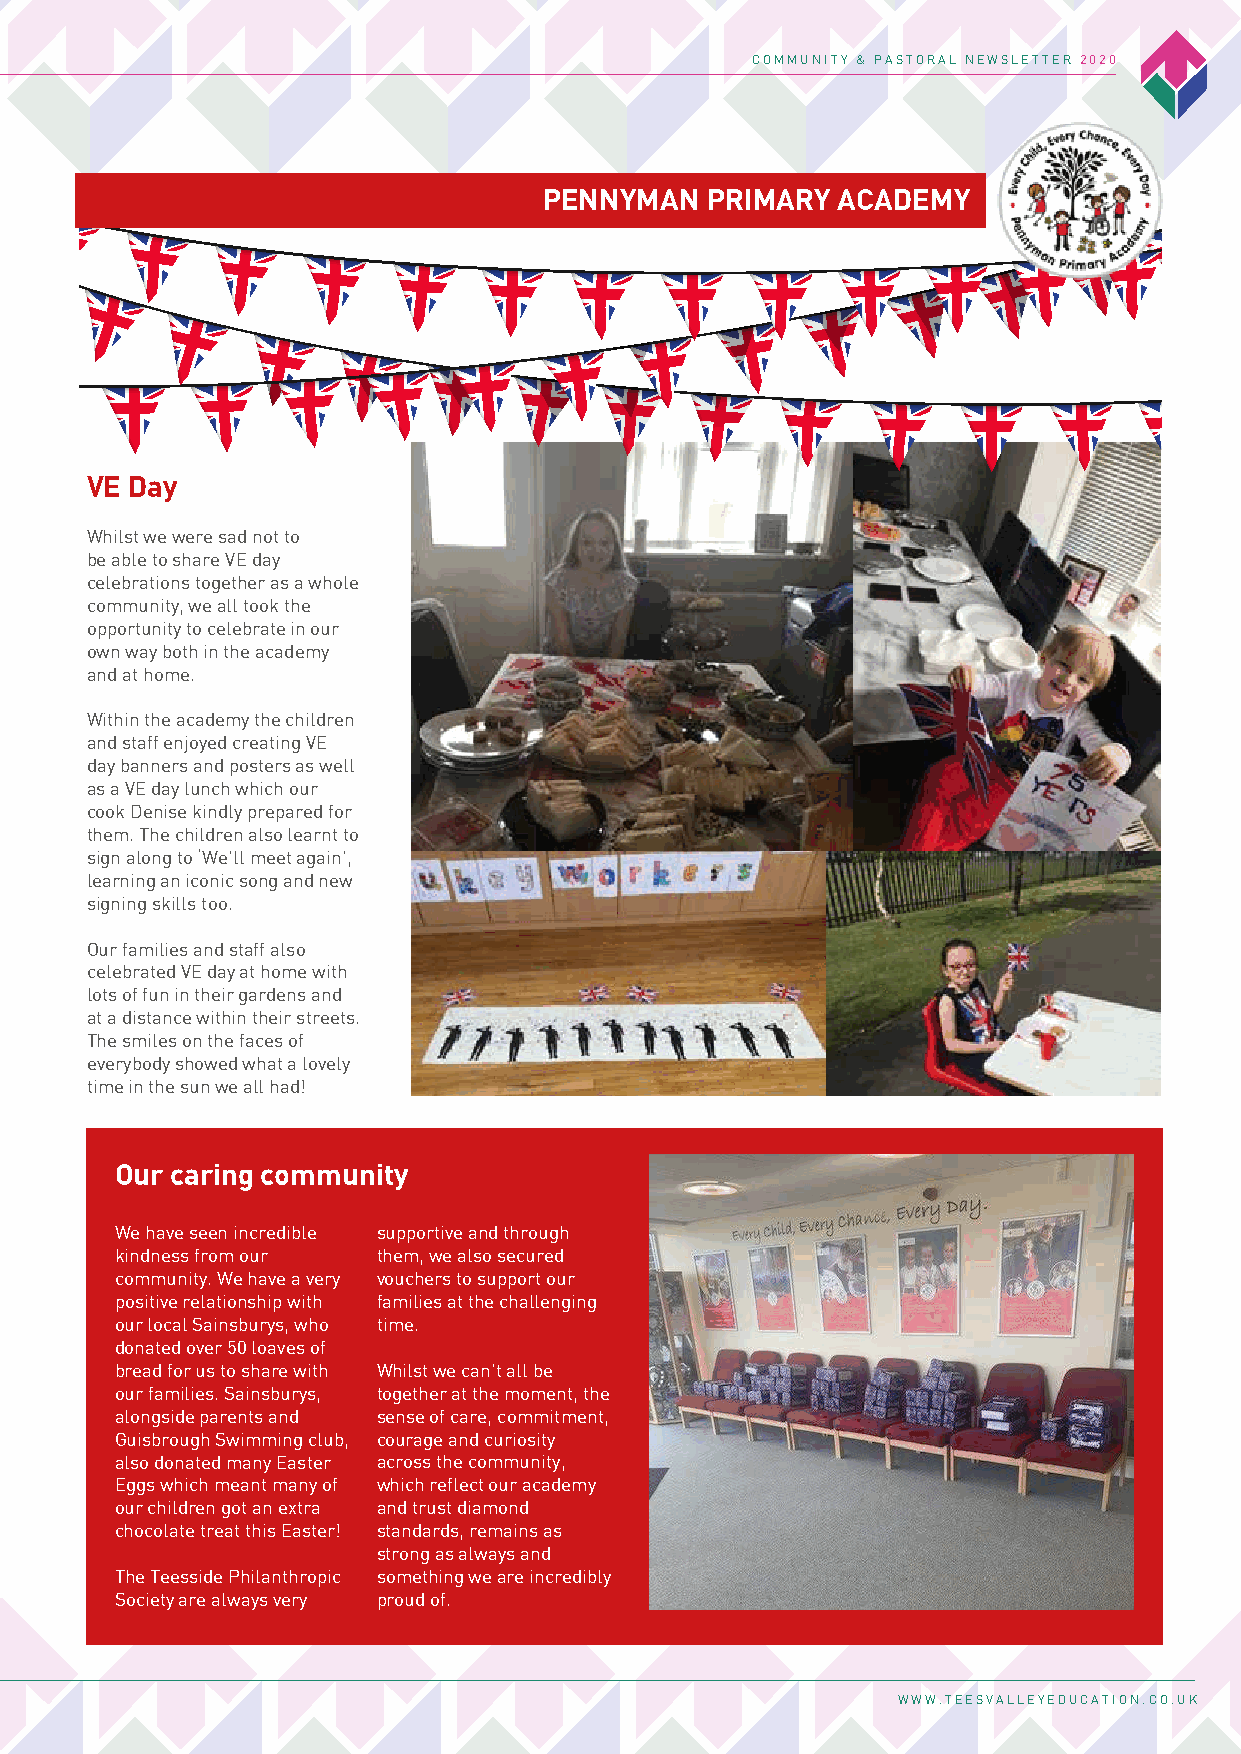
COMMUNITY & PASTORAL NEWSLETTER 2020              COMMUNITY & PASTORAL NEWSLETTER 2020
 PENNYMAN   PRIMARY ACADEMY
 VE Day
 Whilst we were sad not to
 be able to share VE day
 celebrations together as a whole
 community, we all took the
 opportunity to celebrate in our
 own way both in the academy
 and at home.
 Within the academy the children
 and staff enjoyed creating VE
 day banners and posters as well
 as a VE day lunch which our
 cook Denise kindly prepared for
 them. The children also learnt to
 sign along to ‘We’ll meet again’,
 learning an iconic song and new
 signing skills too.
 Our families and staff also
 celebrated VE day at home with
 lots of fun in their gardens and
 at a distance within their streets.
 The smiles on the faces of
 everybody showed what a lovely
 time in the sun we all had!
 Our caring community
 We have seen incredible supportive and through
 kindness from our them, we also secured
 community. We have a very vouchers to support our
 positive relationship with families at the challenging
 our local Sainsburys, who time.
 donated over 50 loaves of
 bread for us to share with Whilst we can’t all be
 our families. Sainsburys, together at the moment, the
 alongside parents and sense of care, commitment,
 Guisbrough Swimming club, courage and curiosity
 also donated many Easter across the community,
 Eggs which meant many of which reflect our academy
 our children got an extra and trust diamond
 chocolate treat this Easter! standards, remains as
 strong as always and
 The Teesside Philanthropic something we are incredibly
 Society are always very proud of.
 WWW.TEESVALLEYEDUCATION.CO.UK